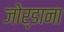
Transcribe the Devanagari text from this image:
जोर्डाना